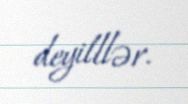
deyilllər.